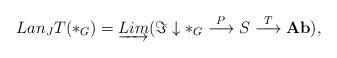
LaTeX: \begin{align*} Lan_{J}T(\ast_{G})=\underrightarrow{Lim}(\Im \downarrow \ast_{G}\overset{P}{\longrightarrow} S \overset{T}{\longrightarrow} \mathbf{Ab}),\end{align*}